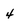
Character: 4